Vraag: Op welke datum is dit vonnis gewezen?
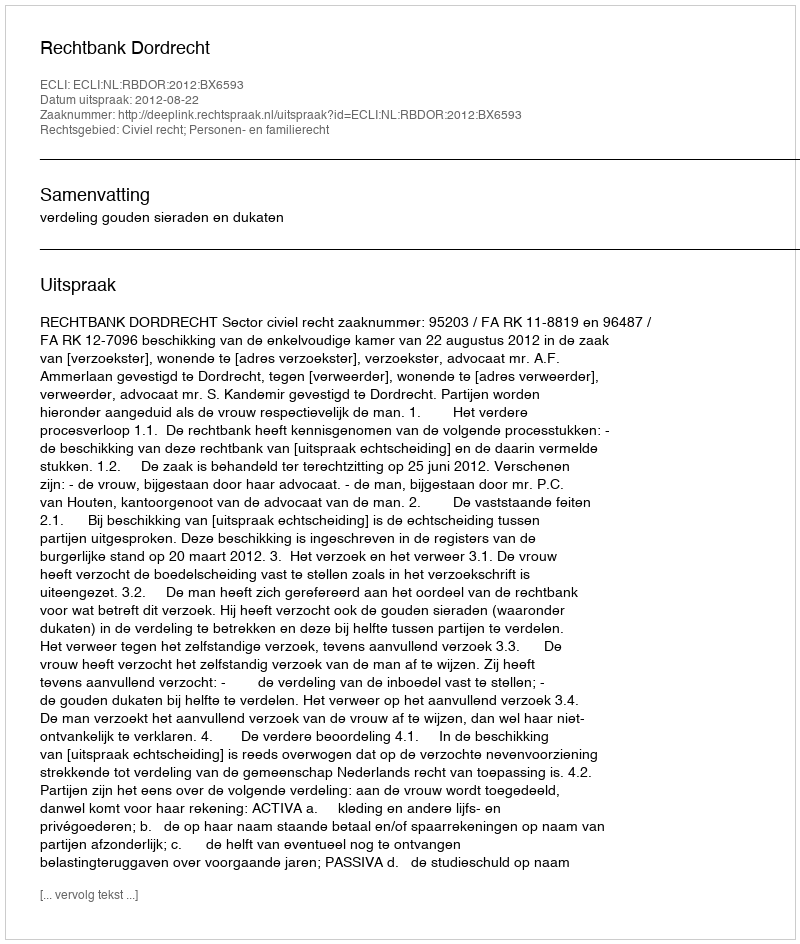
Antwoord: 2012-08-22